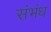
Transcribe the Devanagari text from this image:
संभंध